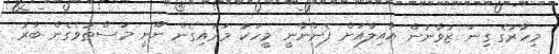
މިހާރުގެ ގިނަ ޒުވާނުން އާއިލާއަށް ފެންނާނީ މީހަކު މަރައިގެން ނޫނީ މަސްތުވެގެން ބާރު